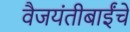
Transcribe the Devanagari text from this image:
वैजयंतीबाईंचे